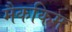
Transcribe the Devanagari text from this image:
मैककिम